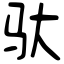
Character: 驮